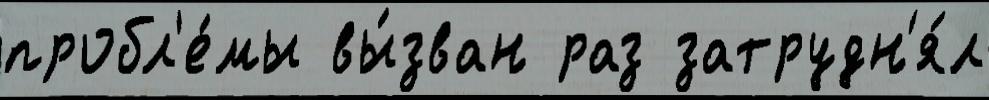
пробл'е́мы вы́зван раз затрудн'я́л